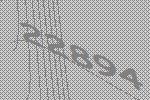
22894